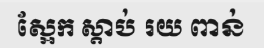
ស្អែក ស្តាប់ រយ ពាន់